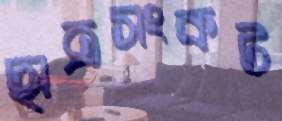
ছাত্রসংকট